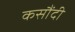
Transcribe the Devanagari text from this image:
कसौंदी